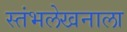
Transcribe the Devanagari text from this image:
स्तंभलेखनाला